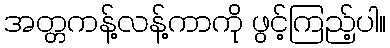
အတ္တကန့်လန့်ကာကို ဖွင့်ကြည့်ပါ။